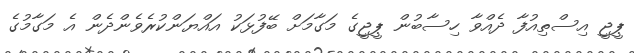
ޕީޖީ އިސްތިއުފާ ދެއްވާ ހިސާބުން ޕީޖީގެ މަގާމަށް ބޭފުޅަކު އައްޔަންކުރެވެންދެން އެ މަގާމުގެ